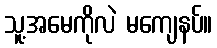
သူ့အမေကိုလဲ မကျေနပ်။